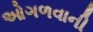
ઓગળવાની